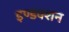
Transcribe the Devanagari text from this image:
इण्डक्शन